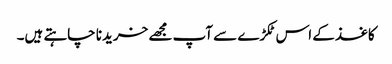
کاغذ کے اس ٹکڑے سے آپ مجھے خریدنا چاہتے ہیں۔